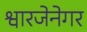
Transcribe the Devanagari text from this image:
श्वारजेनेगर